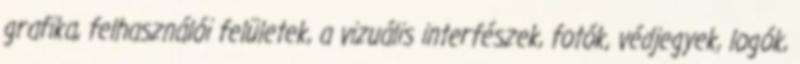
grafika, felhasználói felületek, a vizuális interfészek, fotók, védjegyek, logók,